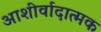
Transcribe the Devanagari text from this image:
आशीर्वादात्मक